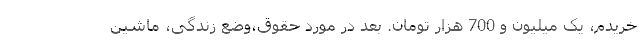
خریدم، یک میلیون و 700 هزار تومان. بعد در مورد حقوق،وضع زندگی، ماشین